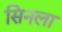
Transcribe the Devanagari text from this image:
सिनला